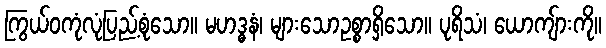
ကြွယ်ဝကုံလုံပြည့်စုံသော။ မဟဒ္ဓနံ၊ များသောဥစ္စာရှိသော။ ပုရိသံ၊ ယောကျ်ားကို။